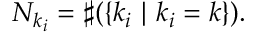
N _ { k _ { i } } = \sharp ( \{ k _ { i } ~ | ~ k _ { i } = k \} ) .